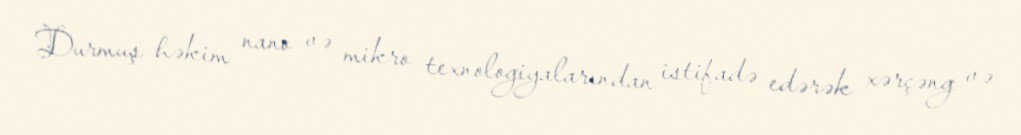
Durmuş həkim nano və mikro texnologiyalarından istifadə edərək xərçəng və